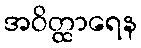
အဝိတ္ထာရေန